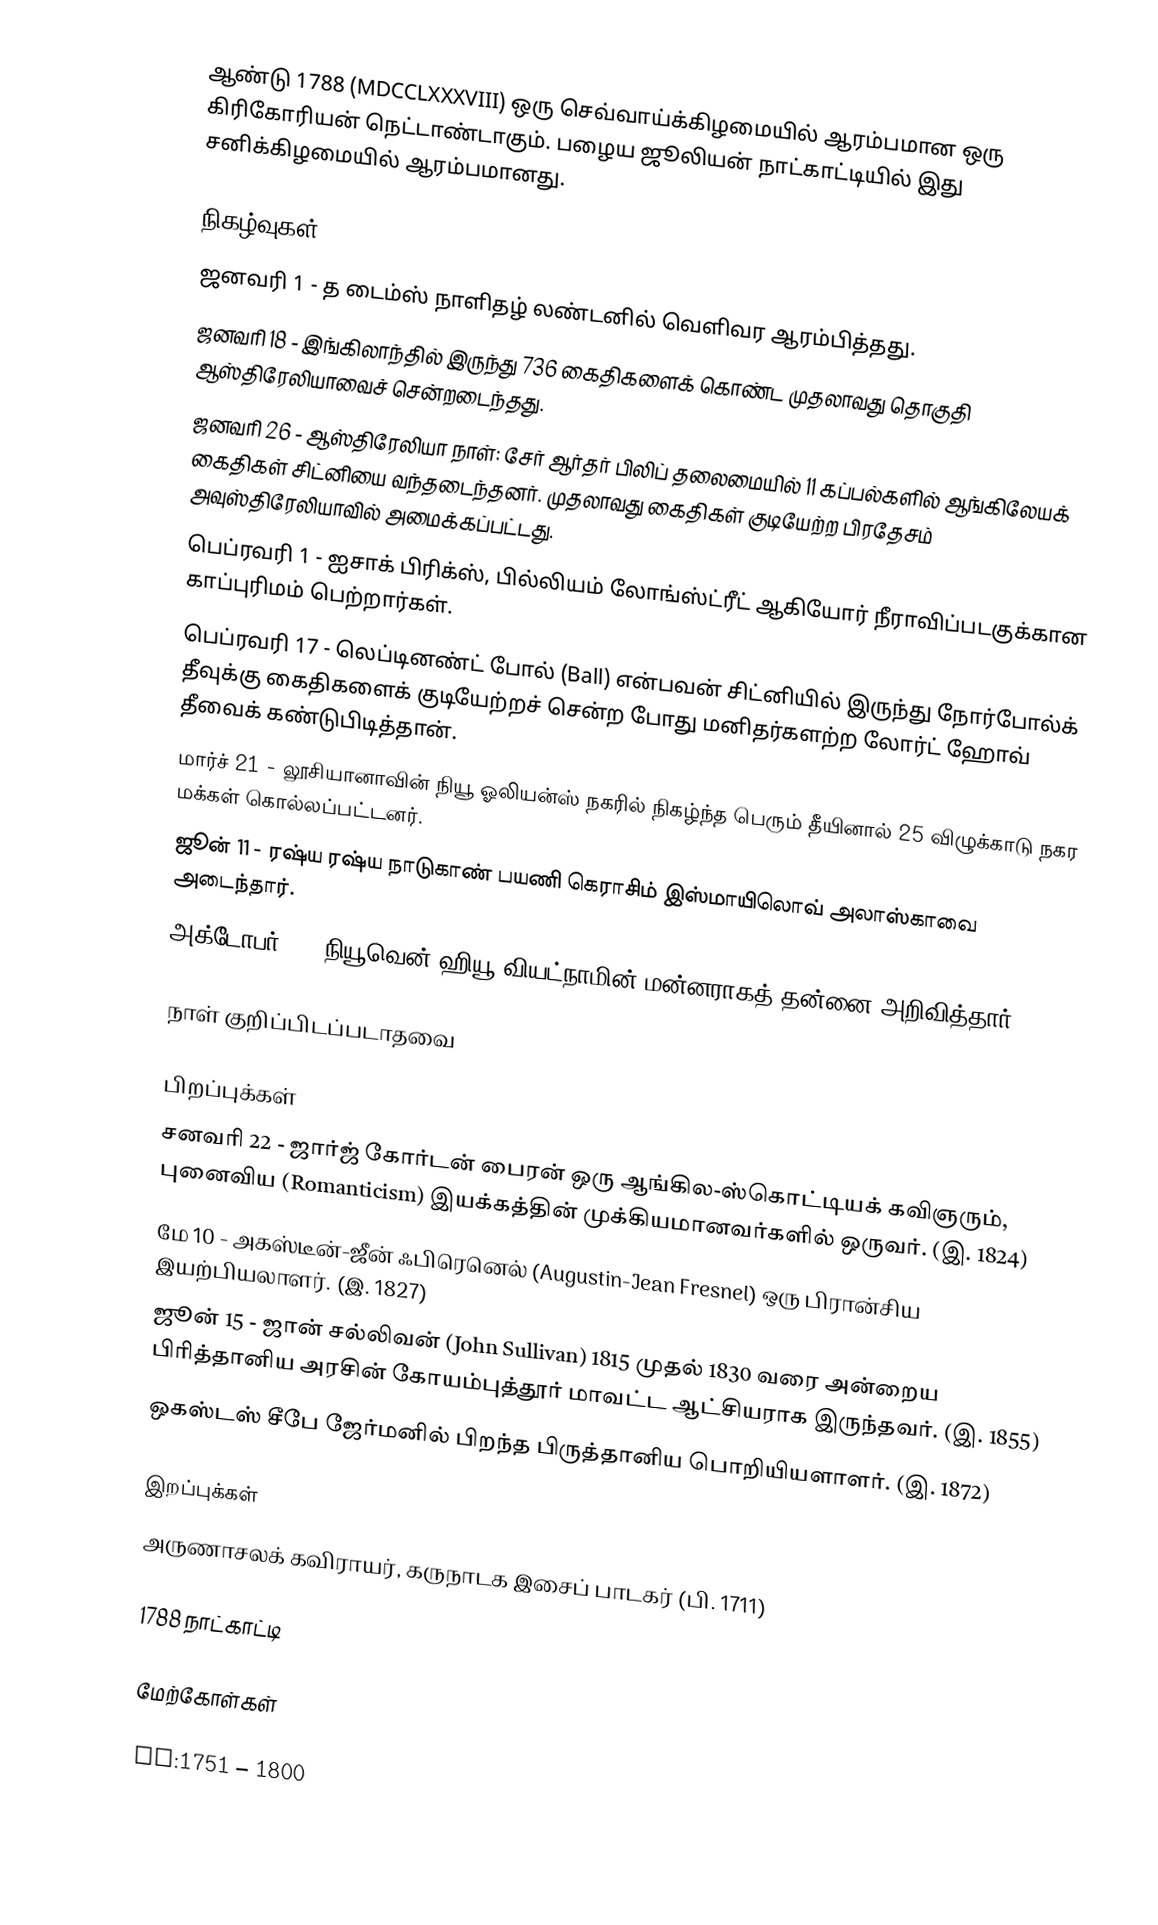
ஆண்டு 1788  (MDCCLXXXVIII) ஒரு செவ்வாய்க்கிழமையில் ஆரம்பமான ஒரு கிரிகோரியன் நெட்டாண்டாகும். பழைய ஜூலியன் நாட்காட்டியில் இது சனிக்கிழமையில் ஆரம்பமானது.

நிகழ்வுகள்
 ஜனவரி 1 - த டைம்ஸ் நாளிதழ் லண்டனில் வெளிவர ஆரம்பித்தது.
 ஜனவரி 18 - இங்கிலாந்தில் இருந்து 736 கைதிகளைக் கொண்ட முதலாவது தொகுதி ஆஸ்திரேலியாவைச் சென்றடைந்தது.
 ஜனவரி 26 - ஆஸ்திரேலியா நாள்: சேர் ஆர்தர் பிலிப் தலைமையில் 11 கப்பல்களில் ஆங்கிலேயக் கைதிகள் சிட்னியை வந்தடைந்தனர். முதலாவது கைதிகள் குடியேற்ற பிரதேசம் அவுஸ்திரேலியாவில் அமைக்கப்பட்டது.
 பெப்ரவரி 1 - ஐசாக் பிரிக்ஸ், பில்லியம் லோங்ஸ்ட்ரீட் ஆகியோர் நீராவிப்படகுக்கான காப்புரிமம் பெற்றார்கள்.
 பெப்ரவரி 17 - லெப்டினண்ட் போல் (Ball) என்பவன் சிட்னியில் இருந்து நோர்போல்க் தீவுக்கு கைதிகளைக் குடியேற்றச் சென்ற போது மனிதர்களற்ற லோர்ட் ஹோவ் தீவைக் கண்டுபிடித்தான்.
 மார்ச் 21 - லூசியானாவின் நியூ ஓலியன்ஸ் நகரில் நிகழ்ந்த பெரும் தீயினால் 25 விழுக்காடு நகர மக்கள் கொல்லப்பட்டனர்.
 ஜூன் 11 - ரஷ்ய ரஷ்ய நாடுகாண் பயணி கெராசிம் இஸ்மாயிலொவ் அலாஸ்காவை அடைந்தார்.
 அக்டோபர் 1 - நியூவென் ஹியூ வியட்நாமின் மன்னராகத் தன்னை அறிவித்தார்.

நாள் குறிப்பிடப்படாதவை

பிறப்புக்கள்
 சனவரி 22 - ஜார்ஜ் கோர்டன் பைரன் ஒரு ஆங்கில-ஸ்கொட்டியக் கவிஞரும், புனைவிய (Romanticism) இயக்கத்தின் முக்கியமானவர்களில் ஒருவர். (இ. 1824)
 மே 10 - அகஸ்டீன்-ஜீன் ஃபிரெனெல் (Augustin-Jean Fresnel) ஒரு பிரான்சிய இயற்பியலாளர். (இ. 1827)
 ஜூன் 15 - ஜான் சல்லிவன் (John Sullivan) 1815 முதல் 1830 வரை அன்றைய பிரித்தானிய அரசின் கோயம்புத்தூர் மாவட்ட ஆட்சியராக இருந்தவர். (இ. 1855)
 ஒகஸ்டஸ் சீபே ஜேர்மனில் பிறந்த பிருத்தானிய பொறியியளாளர். (இ. 1872)

இறப்புக்கள்
 அருணாசலக் கவிராயர், கருநாடக இசைப் பாடகர் (பி. 1711)

1788 நாட்காட்டி

மேற்கோள்கள்

nv:1751 – 1800